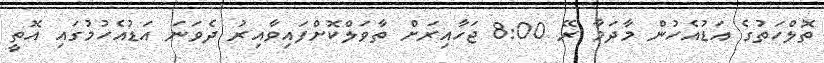
ތޮލްހަތުގެ އަޑުއެހުން މާދަމާ ރޭ 8:00 ޖަހާއިރަށް ތާވަލްކޮށްފައިވާއިރު ދެވަނަ އަޑުއެހުމުގައި އޮތީ